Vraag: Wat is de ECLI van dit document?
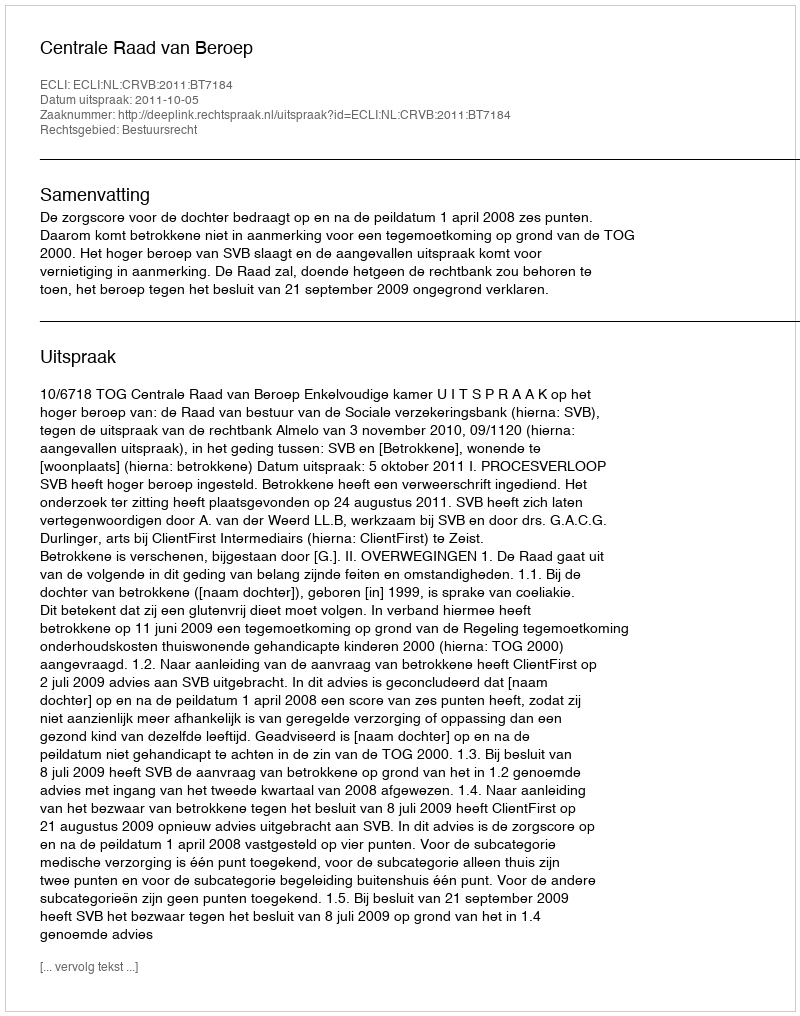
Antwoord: ECLI:NL:CRVB:2011:BT7184